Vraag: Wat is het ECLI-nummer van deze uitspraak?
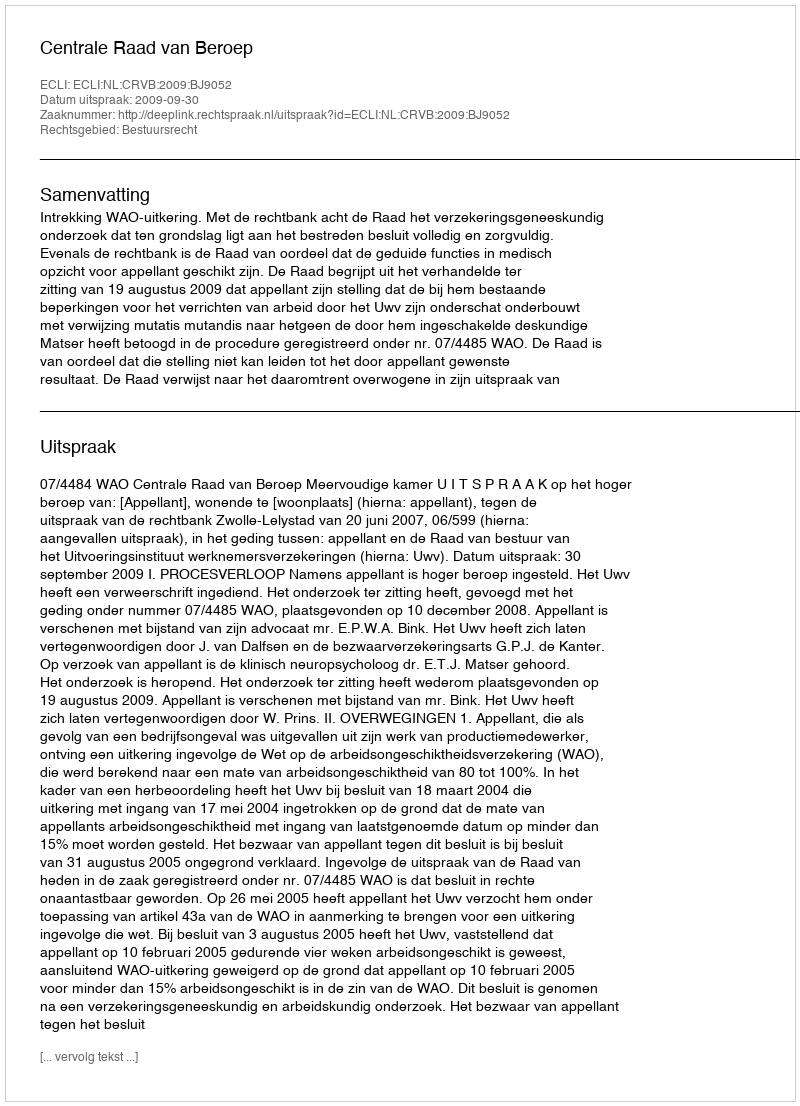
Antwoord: ECLI:NL:CRVB:2009:BJ9052